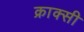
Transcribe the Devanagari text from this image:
क्राक्सी